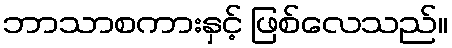
ဘာသာစကားနှင့် ဖြစ်လေသည်။